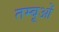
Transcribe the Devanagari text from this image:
तम्बूओं